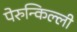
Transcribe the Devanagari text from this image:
पेरुन्किल्ली